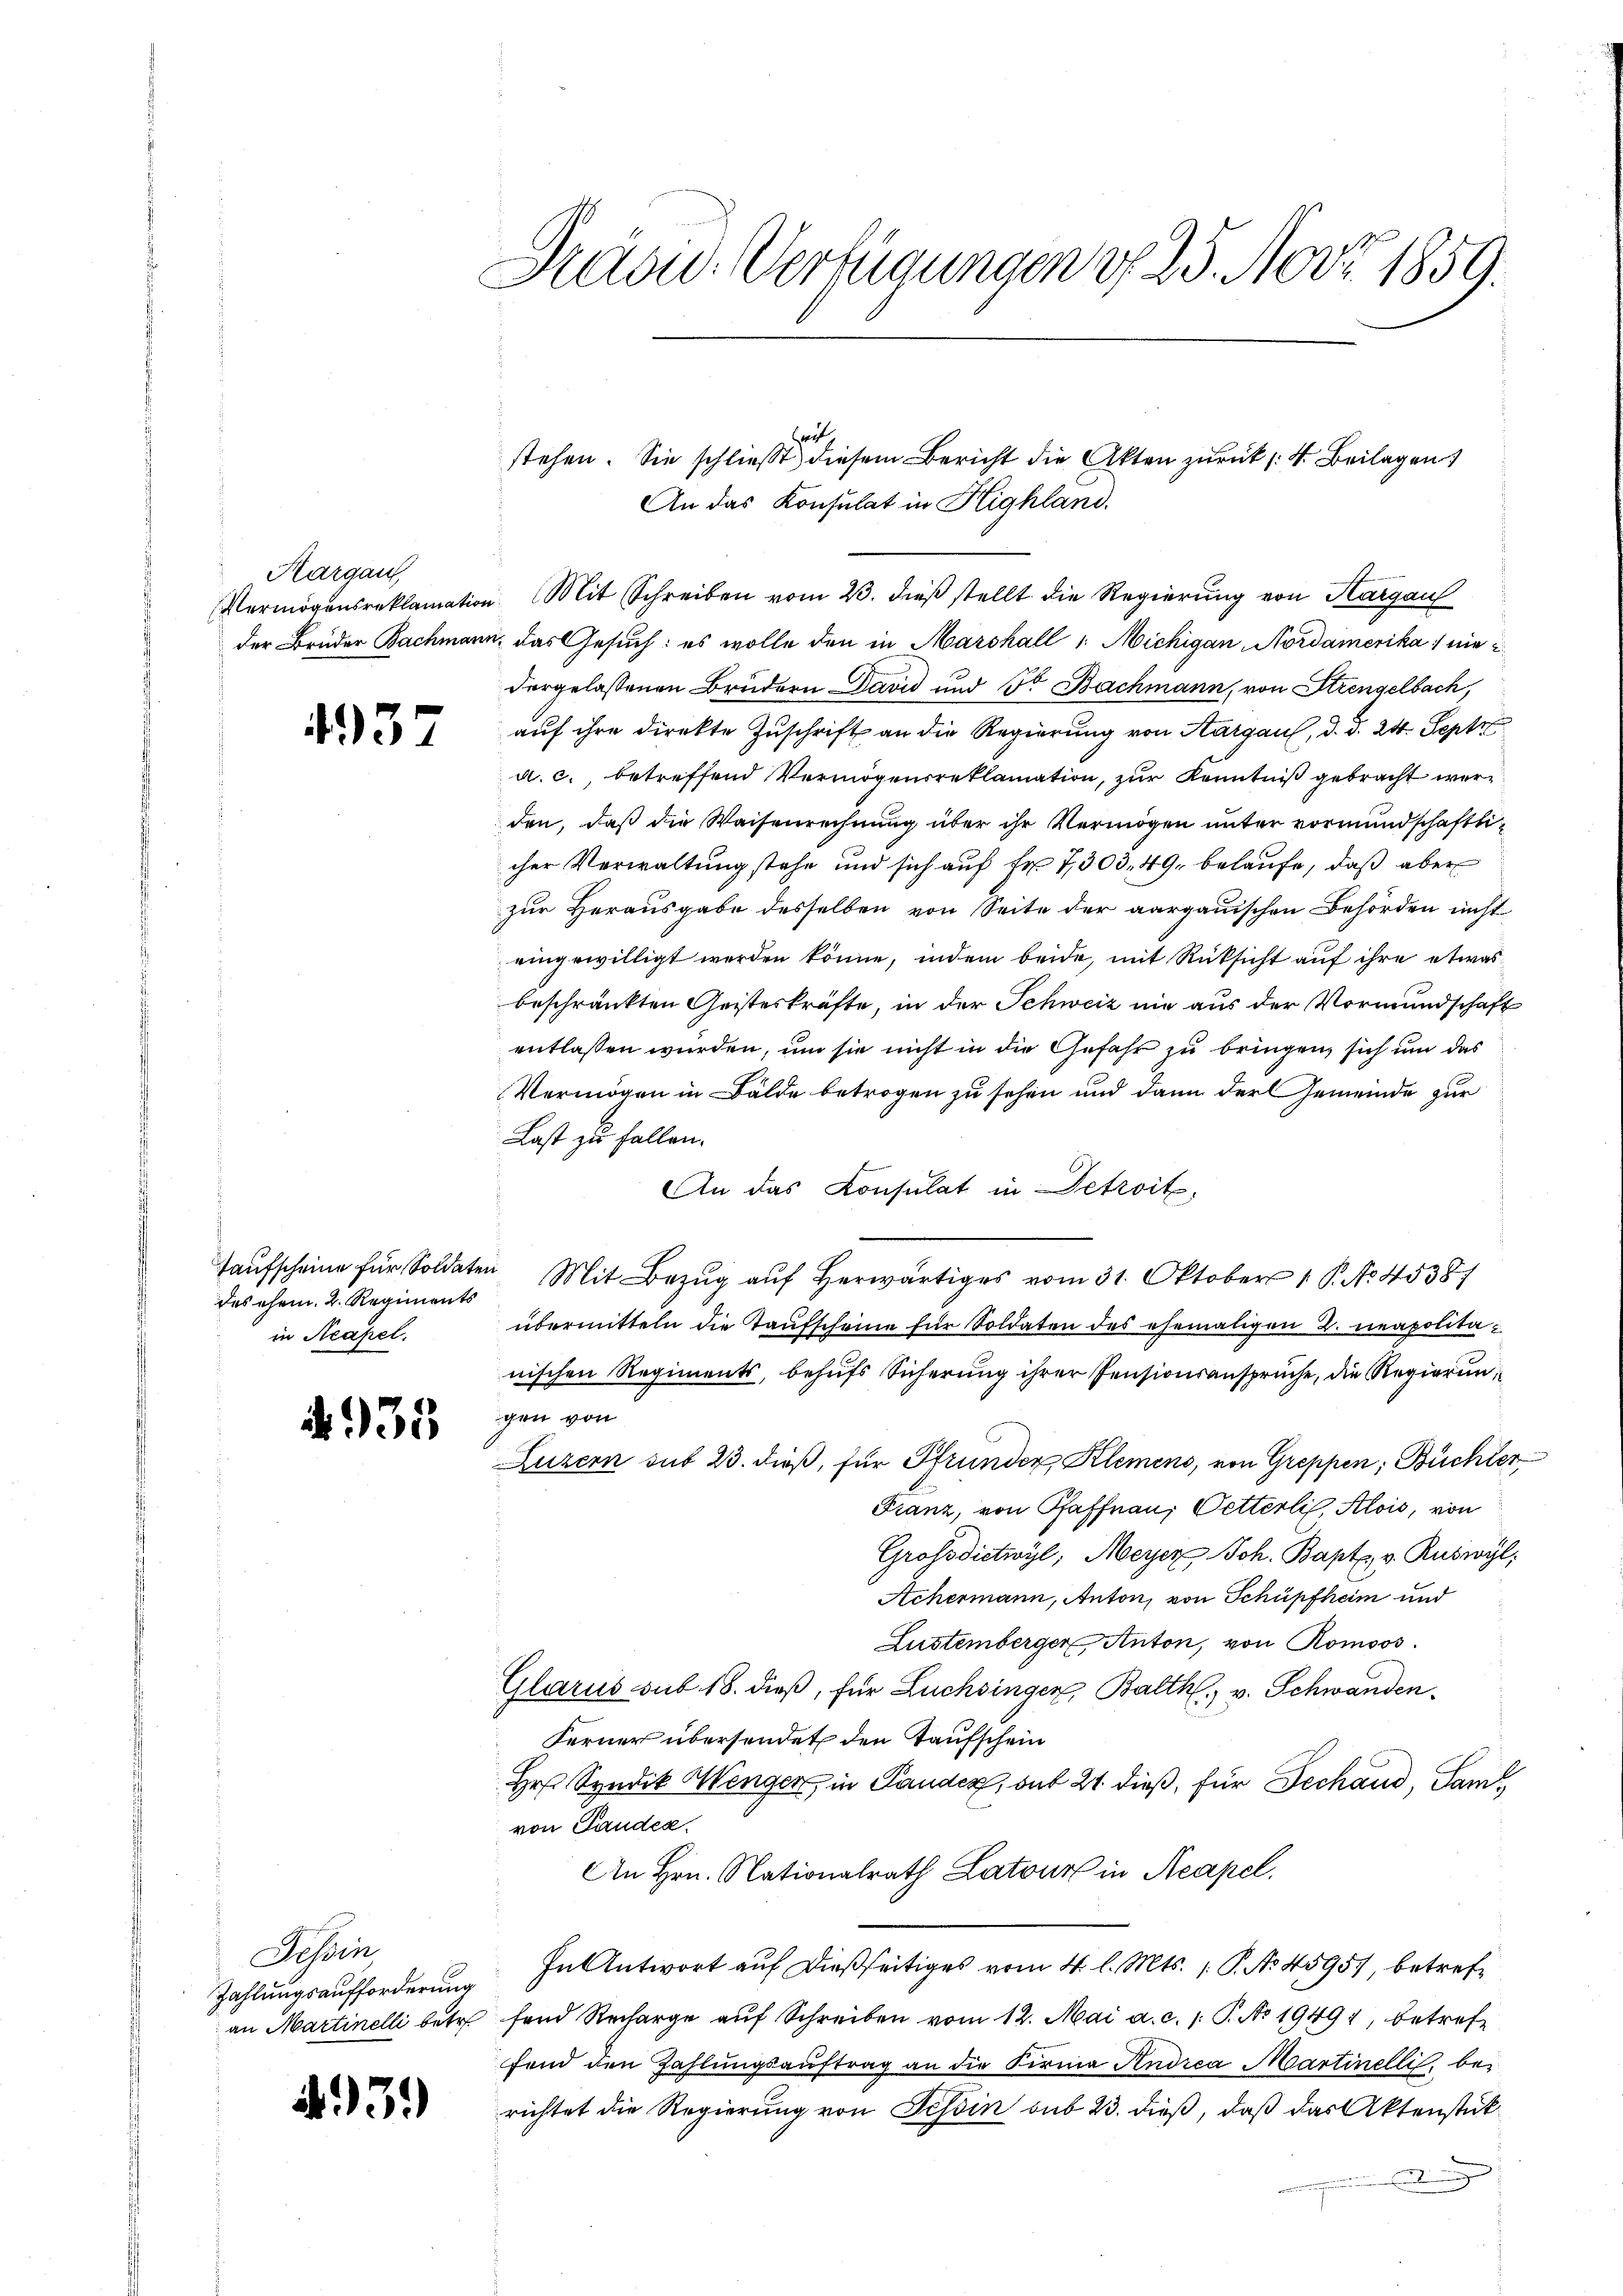
Aargau
Vermögensreklamation
der Brüder Bachmann

437

Taufscheine für Soldaten
des ehem. 2. Regiments
in Acapel.

i

Tessin
Zahlungsaufforderung
an Martinelli betr

e

335

1939

Praad-Verfügungen u. 23. Nov. 1859.

7
A

Zeit
Mit Schreiben vom 23. dieß stellt die Regierung von Thurgau
das Gesuch: es wolle den in Marshall /: Michigan Nordamerika) ein
dergelassenen Brüdern David und Dr Bachmann, von Strengelbach,
auf ihre direkte Zuschrift an die Regierung von Aargau, d. d. 24. Sept
a. c., betreffend Vermögensreklamation, zur Kenntniß gebracht werden, daß die Waisenrechnung über ihr Vermögen unter vormundschaftlicher Verwaltung stehe und sich auf Fr. 7,303, 49, belaufe, daß aber
zur Herausgabe desselben von Seite der aargauischen Behörden nicht
eingewilligt werden könne, indem beide, mit Rüksicht auf ihre etwas
beschränkten Geisteskräfte, in der Schweiz nie aus der Vormundschaft
entlassen wurden, um sie nicht in die Gefahr zu bringen, sich um das
Vermögen in Bälde betrogen zu sehen und dann der Gemeinde zur
Last zu fallen.
An das Konsulat in Detroit,
übermitteln die Taufscheine für Soldaten des ehemaligen 2. neapolitanischen Regiments, behufs Sicherung ihrer Pensionsansprüche, die Regierunt Wohl
Luzern sub 23. dieß, für Strunder Klemens, von Greppen, Büchter
Franz, von Pfaffnau; Vetterli, Alois, von
Grossdietwyl, Meyer Joh. Bapt. v. Ruswyl,
Achermann, Anton, von Schüpfheim und
Lustemberger Anton, von Romoos.
Glarus sub 18. dieß, für Lüchsingen, Balth. v. Schwanden
Ferner übersendet den Taufschein
Hr Syndik Menger, in Pander, sub 21. dieß, für Dechand, Saml
von Pandes.
An Hrn. Nationalrath Latour in Acapel.
In Antwort auf dießseitiges vom 4. l. Mts. 1. P. No 45951, betreffend Recharge auf Schreiben vom 12. Mai a. c. 1: P. No 1949, betreffend den Zahlungsauftrag an die Firma Andrea Martinelli, bei
richtet die Regierung von Tessin sub 23. dieß, daß das Aktenstück

stehen. Sie schließt diesem Bericht die Akten zurück (: 4. Beilagen
An das Konsulat in Highland.

Mit Bezug auf herwärtiges vom 31. Oktober 1. No. 45387